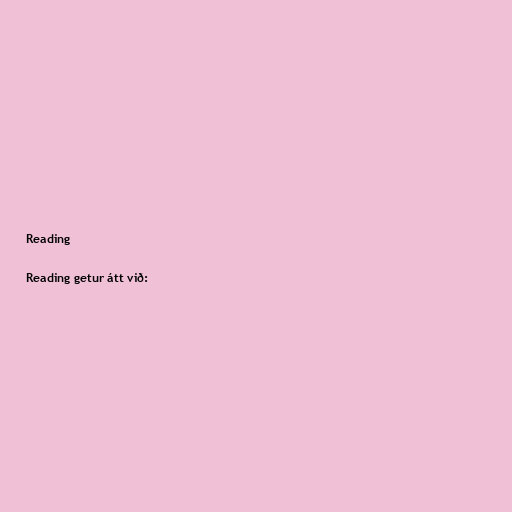
Reading

Reading getur átt við: